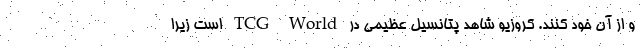
و از آن خود کنند. کروزیو شاهد پتانسیل عظیمی در TCG World است زیرا